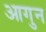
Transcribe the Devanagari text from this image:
आगुन